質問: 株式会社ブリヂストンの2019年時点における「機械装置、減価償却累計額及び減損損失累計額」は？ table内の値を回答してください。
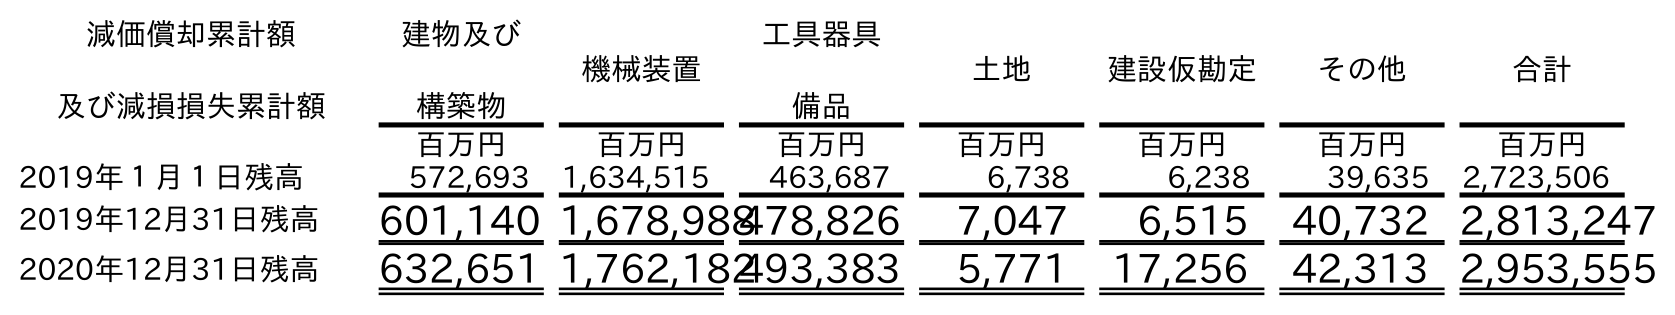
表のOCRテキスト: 減価償却累計額 及び減損損失累計額 建物及び 構築物 機械装置 工具器具 備品 土地 建設仮勘定 その他 合計 百万円 百万円 百万円 百万円 百万円 百万円 百万円 2019年１月１日残高 572,693 1,634,515 463,687 6,738 6,238 39,635 2,723,506 2019年12月31日残高 601,140 1,678,988478,826 7,047 6,515 40,732 2,813,247 2020年12月31日残高 632,651 1,762,182493,383 5,771 17,256 42,313 2,953,555
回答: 1,678,988